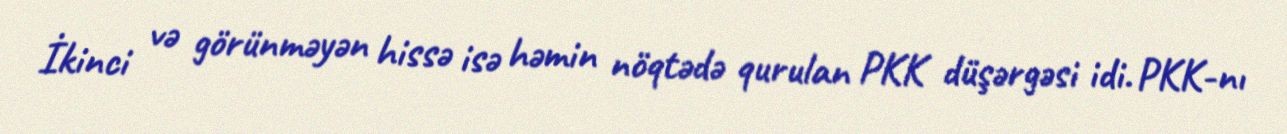
İkinci və görünməyən hissə isə həmin nöqtədə qurulan PKK düşərgəsi idi. PKK-nı